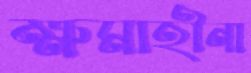
ক্ষমাহীনা